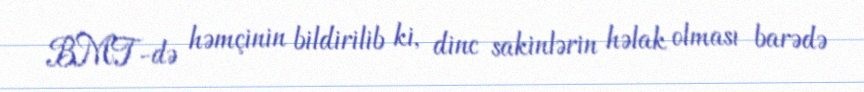
BMT-də həmçinin bildirilib ki, dinc sakinlərin həlak olması barədə